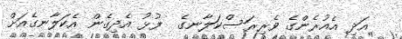
އަދި އެއުރެންގެ ވެރިރަސްކަލާނގެ  ފުޅު އެދިގެން އެކަލާނގެއަށް